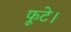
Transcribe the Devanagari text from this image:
फूटे।